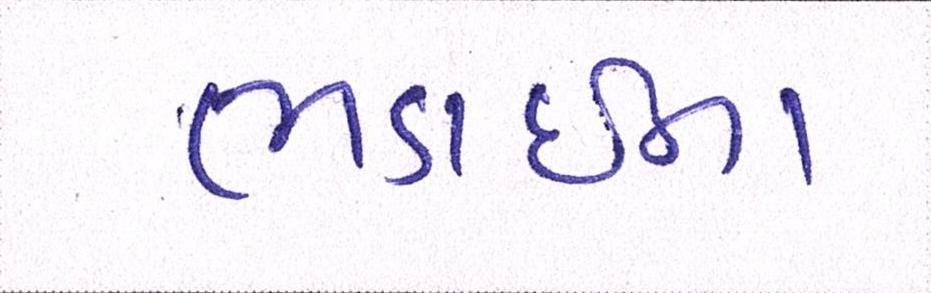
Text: ભડાઈના